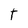
Character: T